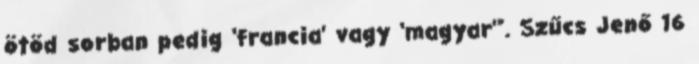
ötöd sorban pedig ‘francia’ vagy ‘magyar’”. Szűcs Jenő 16